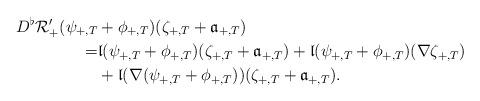
LaTeX: \begin{align*}D^\flat\mathcal{R}'_+ (\psi_{+,T}&+\phi_{+,T}) (\zeta_{+,T}+{\mathfrak a}_{+,T}) \\ = & {\mathfrak l}(\psi_{+,T}+\phi_{+,T}) (\zeta_{+,T}+{\mathfrak a}_{+,T}) + {\mathfrak l}(\psi_{+,T}+\phi_{+,T})(\nabla \zeta_{+,T}) \\ & + {\mathfrak l}(\nabla (\psi_{+,T}+\phi_{+,T}))(\zeta_{+,T}+{\mathfrak a}_{+,T}).\end{align*}